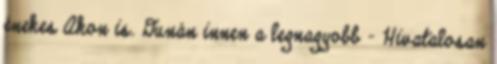
énekes Akon is. Dunán innen a legnagyobb – Hivatalosan